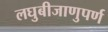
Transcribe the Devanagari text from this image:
लघुबीजाणुपर्ण